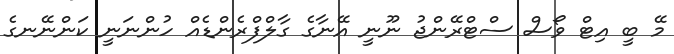
މޭ ބީ އިޓް ވޯސް ސްޓްރޭންޖު ނޫނީ އޭނާގެ ގާލްފްރެންޑެއް ހުންނަނީ ކަންނޭނގެ